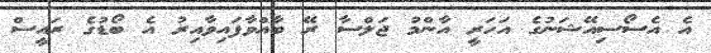
އެ އެސޯސިއޭޝަނުގެ އަހަރީ އާންމު ޖަލްސާ ރޭ ބާއްވާފައިވާއިރު އެ ބޯޑުގެ ރައީސް